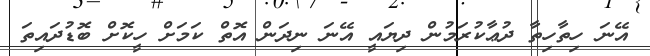
އޭނަ ހިތާހިތާ ދުޢާކުރަމުން ދިޔައީ އޭނަ ނިދަން އޮތް ކަމަށް ހީކޮށް ބޮޑުދައިތަ